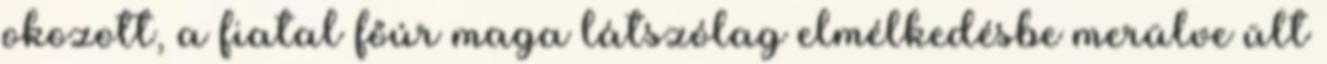
okozott, a fiatal főúr maga látszólag elmélkedésbe merülve ült